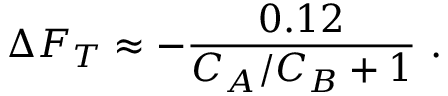
\Delta F _ { T } \approx - { \frac { 0 . 1 2 } { C _ { A } / C _ { B } + 1 } } \ .